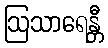
ဩသာရေန္တီ